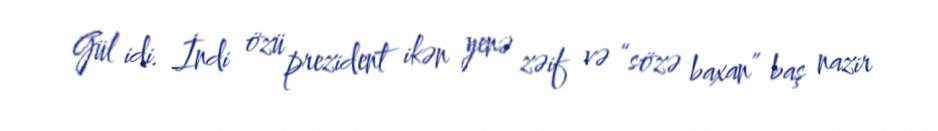
Gül idi. İndi özü prezident ikən yenə zəif və “sözə baxan” baş nazir